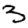
Digit: 3